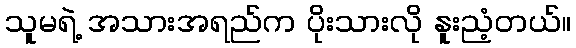
သူမရဲ့ အသားအရည်က ပိုးသားလို နူးညံ့တယ်။